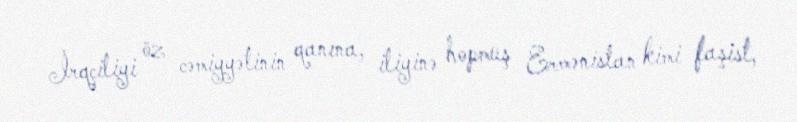
İrqçiliyi öz cəmiyyətinin qanına, iliyinə hopmuş Ermənistan kimi faşist,